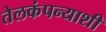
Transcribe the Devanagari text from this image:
तेलकंपन्याशी